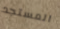
المستجد